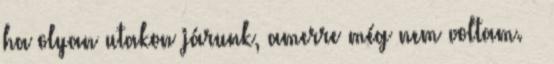
ha olyan utakon járunk, amerre még nem voltam. ➤